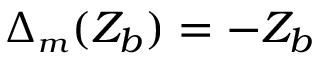
\Delta _ { { \scriptscriptstyle m } } ( Z _ { b } ) = - Z _ { b }